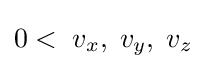
0<\;v_{x},\;v_{y},\;v_{z}\